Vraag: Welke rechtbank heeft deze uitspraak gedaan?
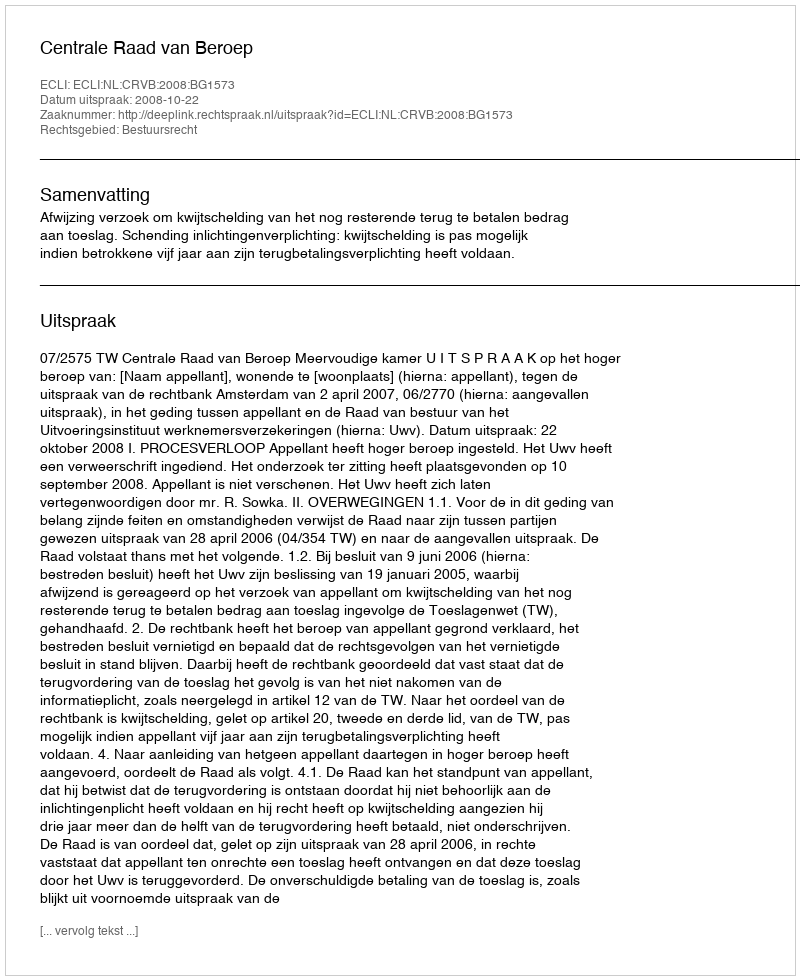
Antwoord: Centrale Raad van Beroep